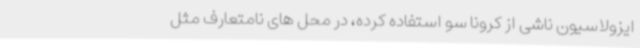
ایزولاسیون ناشی از کرونا سو استفاده کرده، در محل های نامتعارف مثل